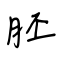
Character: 胚